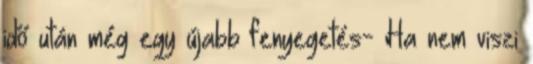
idő után még egy újabb fenyegetés- Ha nem viszi